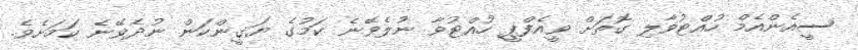
ސީއެންއެމް ހުއްޓުވާލި ގޮތަށް ވީއެފްޕީ ހުއްޓުވާ ނުލެވޭނެ ކަމުގެ ޔަގީންކަން ނުދެވޭނެ ކަމަށެވެ.